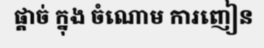
ផ្តាច់ ក្នុង ចំណោម ការញៀន